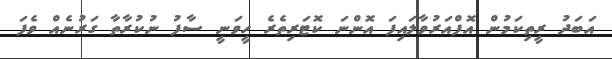
އަބަދު ރީތިކަމުން އޮފްއަރުވާލައިފަ އޮންނަ ކޮޓަރިތެރެ ހީވަނީ ސާފު ނުކުރާތާ ގަރުނެއް ވެފަ